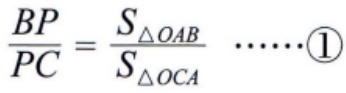
\(\frac{BP}{PC}=\frac{S_{\triangle OAB}}{S_{\triangle OCA}}\ \cdots\cdots\textcircled{1}\)